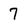
Character: 7